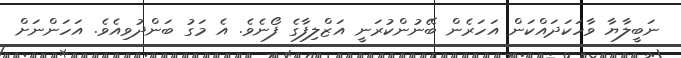
ނަބީލާޔާ ވާހަކަދައްކަން އަހަރެން ބޭނުންކުރަނީ އަޒްލިފާގެ ފޯނެވެ. އެ މަގު ބަންދުވިއެވެ. އަހަންނަށް